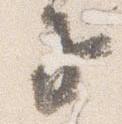
子